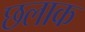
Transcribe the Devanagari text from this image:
छलाक